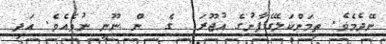
ނޭދެމެވެ. ތިމަންކަލޭގެފާނުގެ އުޖޫރަ  ގެ  ން ނޫނީ ނުވެއެވެ. އަދި